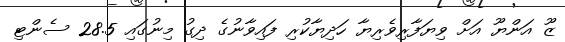
ޒޫ އަންޔޫ އަށް ވިޔަފާރިވެރިޔާ ހަދިޔާކުރި ފައިވާނުގެ ދިގު މިނުގައި 28.5 ސެންޓި